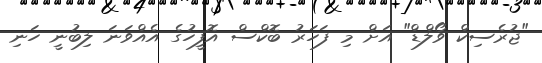
"ޖުރެސިކް ވޯލްޑް" އަށް މި ފަހަރު ބޮކްސް އޮފީހުގެ އެއްވަނަ ލިބުނީ ހަނި